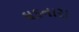
ઘડનારા